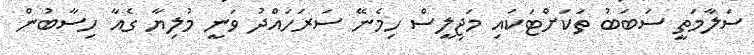
ސަލާމަތީ ސަބަބު ތަކަށްޓަކައި މަޖިލީސް ހިމެނޭ ސަރަހައްދު ވަނީ މުލިޔާ ގެއާ ހިސާބުން